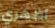
أظهري